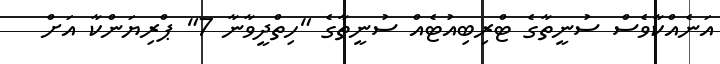
އަނެއްކާވެސް ސުނީތާގެ ޓްރިބިއުޓެއް ސުނީތާގެ "ހިތްދީވާނާ 7" ޕްރިޔަންކާ އަށް